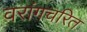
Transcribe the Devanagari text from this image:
वरांगचरित